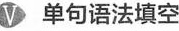
V 单句语法填空